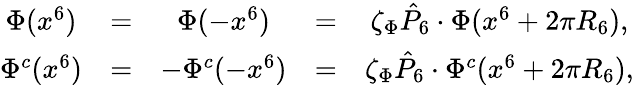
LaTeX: \begin{array}{ccccc}{{\Phi(x^{6})}}&{{=}}&{{\Phi(-x^{6})}}&{{=}}&{{\zeta_{\Phi}\hat{P}_{6}\cdot\Phi(x^{6}+2\pi R_{6}),}}\\ {{\Phi^{c}(x^{6})}}&{{=}}&{{-\Phi^{c}(-x^{6})}}&{{=}}&{{\zeta_{\Phi}\hat{P}_{6}\cdot\Phi^{c}(x^{6}+2\pi R_{6}),}}\end{array}